system: You are a helpful assistant.
user:
Analyze the provided spectrum to determine if it is a **S-type Star**.

- **Key Indicators for S-type Star:**

    - **(Overall Spectrum Shape):** The first and most obvious characteristic is the overall continuum (the "baseline" shape). It is **extremely "red-sloping,"** meaning the flux (light intensity) is very low on the left side (blue, ~4000-4500 Å) and rises steeply and continuously toward the right side (red, ~7000 Å+).

    - **(Primary):** The spectrum is defined by the presence of strong, broad molecular absorption "valleys" (bands) from **Zirconium Oxide (ZrO)**. The identification of these bands is the **primary requirement** for classifying a star as S-type.
        - **(Key Bandheads):** You must find distinct, deep "dips" where the light has been absorbed. The most critical band systems to locate are:
            - **~6474 Å** ($\gamma$-system): This is often the strongest and clearest ZrO feature, found in the red part of the spectrum.
            - **~5718 Å** & **~5551 Å** ($\beta$-system): A pair of prominent absorption features in the yellow-orange part of the spectrum.
            - **~4640 Å** ($\alpha$-system): A key absorption band system in the blue-green region of the spectrum.

    - **(Secondary Confirmation):** The classification is strengthened by finding additional absorption bands from other related heavy element oxides, which are expected to be present alongside ZrO.
        - **(Key Bandheads):**
            - **Yttrium Oxide (YO):** Look for absorption dips near **~4800 Å** and **~6100 Å**.
            - **Lanthanum Oxide (LaO):** Additional absorption features, particularly in the red-orange part of the spectrum, are also characteristic.

    - **(Line Profile):** The combination of the steep red continuum and these numerous, deep molecular bands (ZrO, YO, etc.) gives the entire spectrum a very **"chopped-up"** or **"bumpy"** appearance. Instead of a smooth curve, the spectrum looks as though large, wide chunks of light have been "carved out" of it at the specific wavelengths listed above.

Think first, call **spectral_visualization_tool** if needed to examine features in detail, then provide your final answer. Your response must adhere to the following strict rules:
1.  **Overall Structure:** Your response must follow the format `<think>...</think> <tool_call>...</tool_call> (if a tool is used) <answer>...</answer>`.
2.  **Tool Usage Constraint:** You may only make **one** tool call per turn.
3.  **Final Answer Format:** In the `<answer>` tag, your conclusion must be inside a `\boxed{}` command (e.g., `\boxed{YES}` or `\boxed{NO}`), followed by your justification.

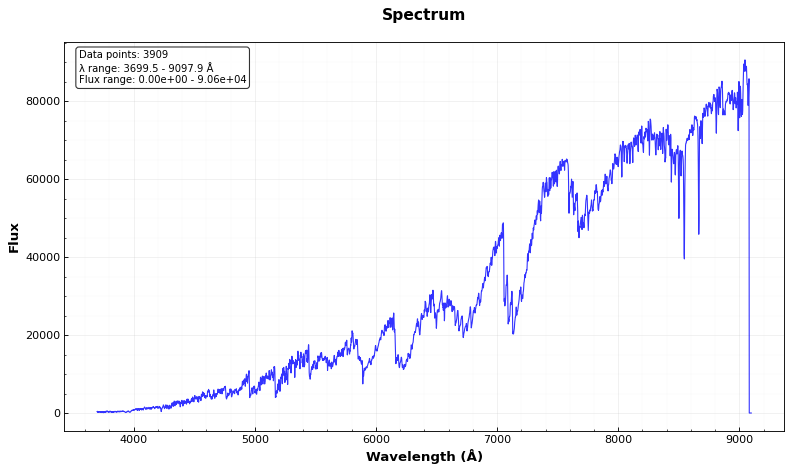
Answer: YES